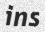
ins